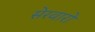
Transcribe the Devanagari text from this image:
सेरवारो